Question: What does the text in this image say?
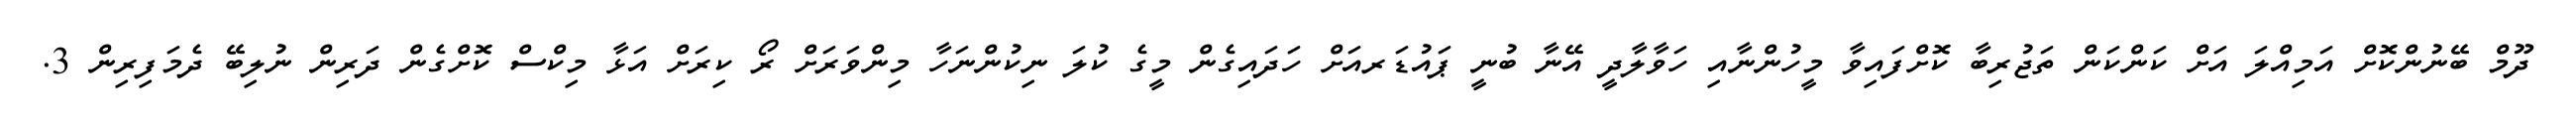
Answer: ދޫމް ބޭނުންކޮށް އަމިއްލަ އަށް ކަންކަން ތަޖުރިބާ ކޮށްފައިވާ މީހުންނާއި ހަވާލާދީ އޭނާ ބުނީ ޕައުޑަރއަށް ހަދައިގެން މީގެ ކުލަ ނިކުންނަހާ މިންވަރަށް ރޯ ކިރަށް އަޅާ މިކްސް ކޮށްގެން ދަރިން ނުލިބޭ ދެމަފިރިން 3.